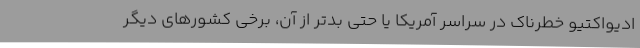
ادیواکتیو خطرناک در سراسر آمریکا یا حتی بدتر از آن، برخی کشورهای دیگر